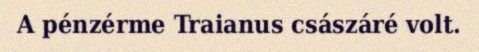
A pénzérme Traianus császáré volt.